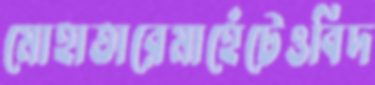
মোহাতারেমাহেঁটেওবিদ